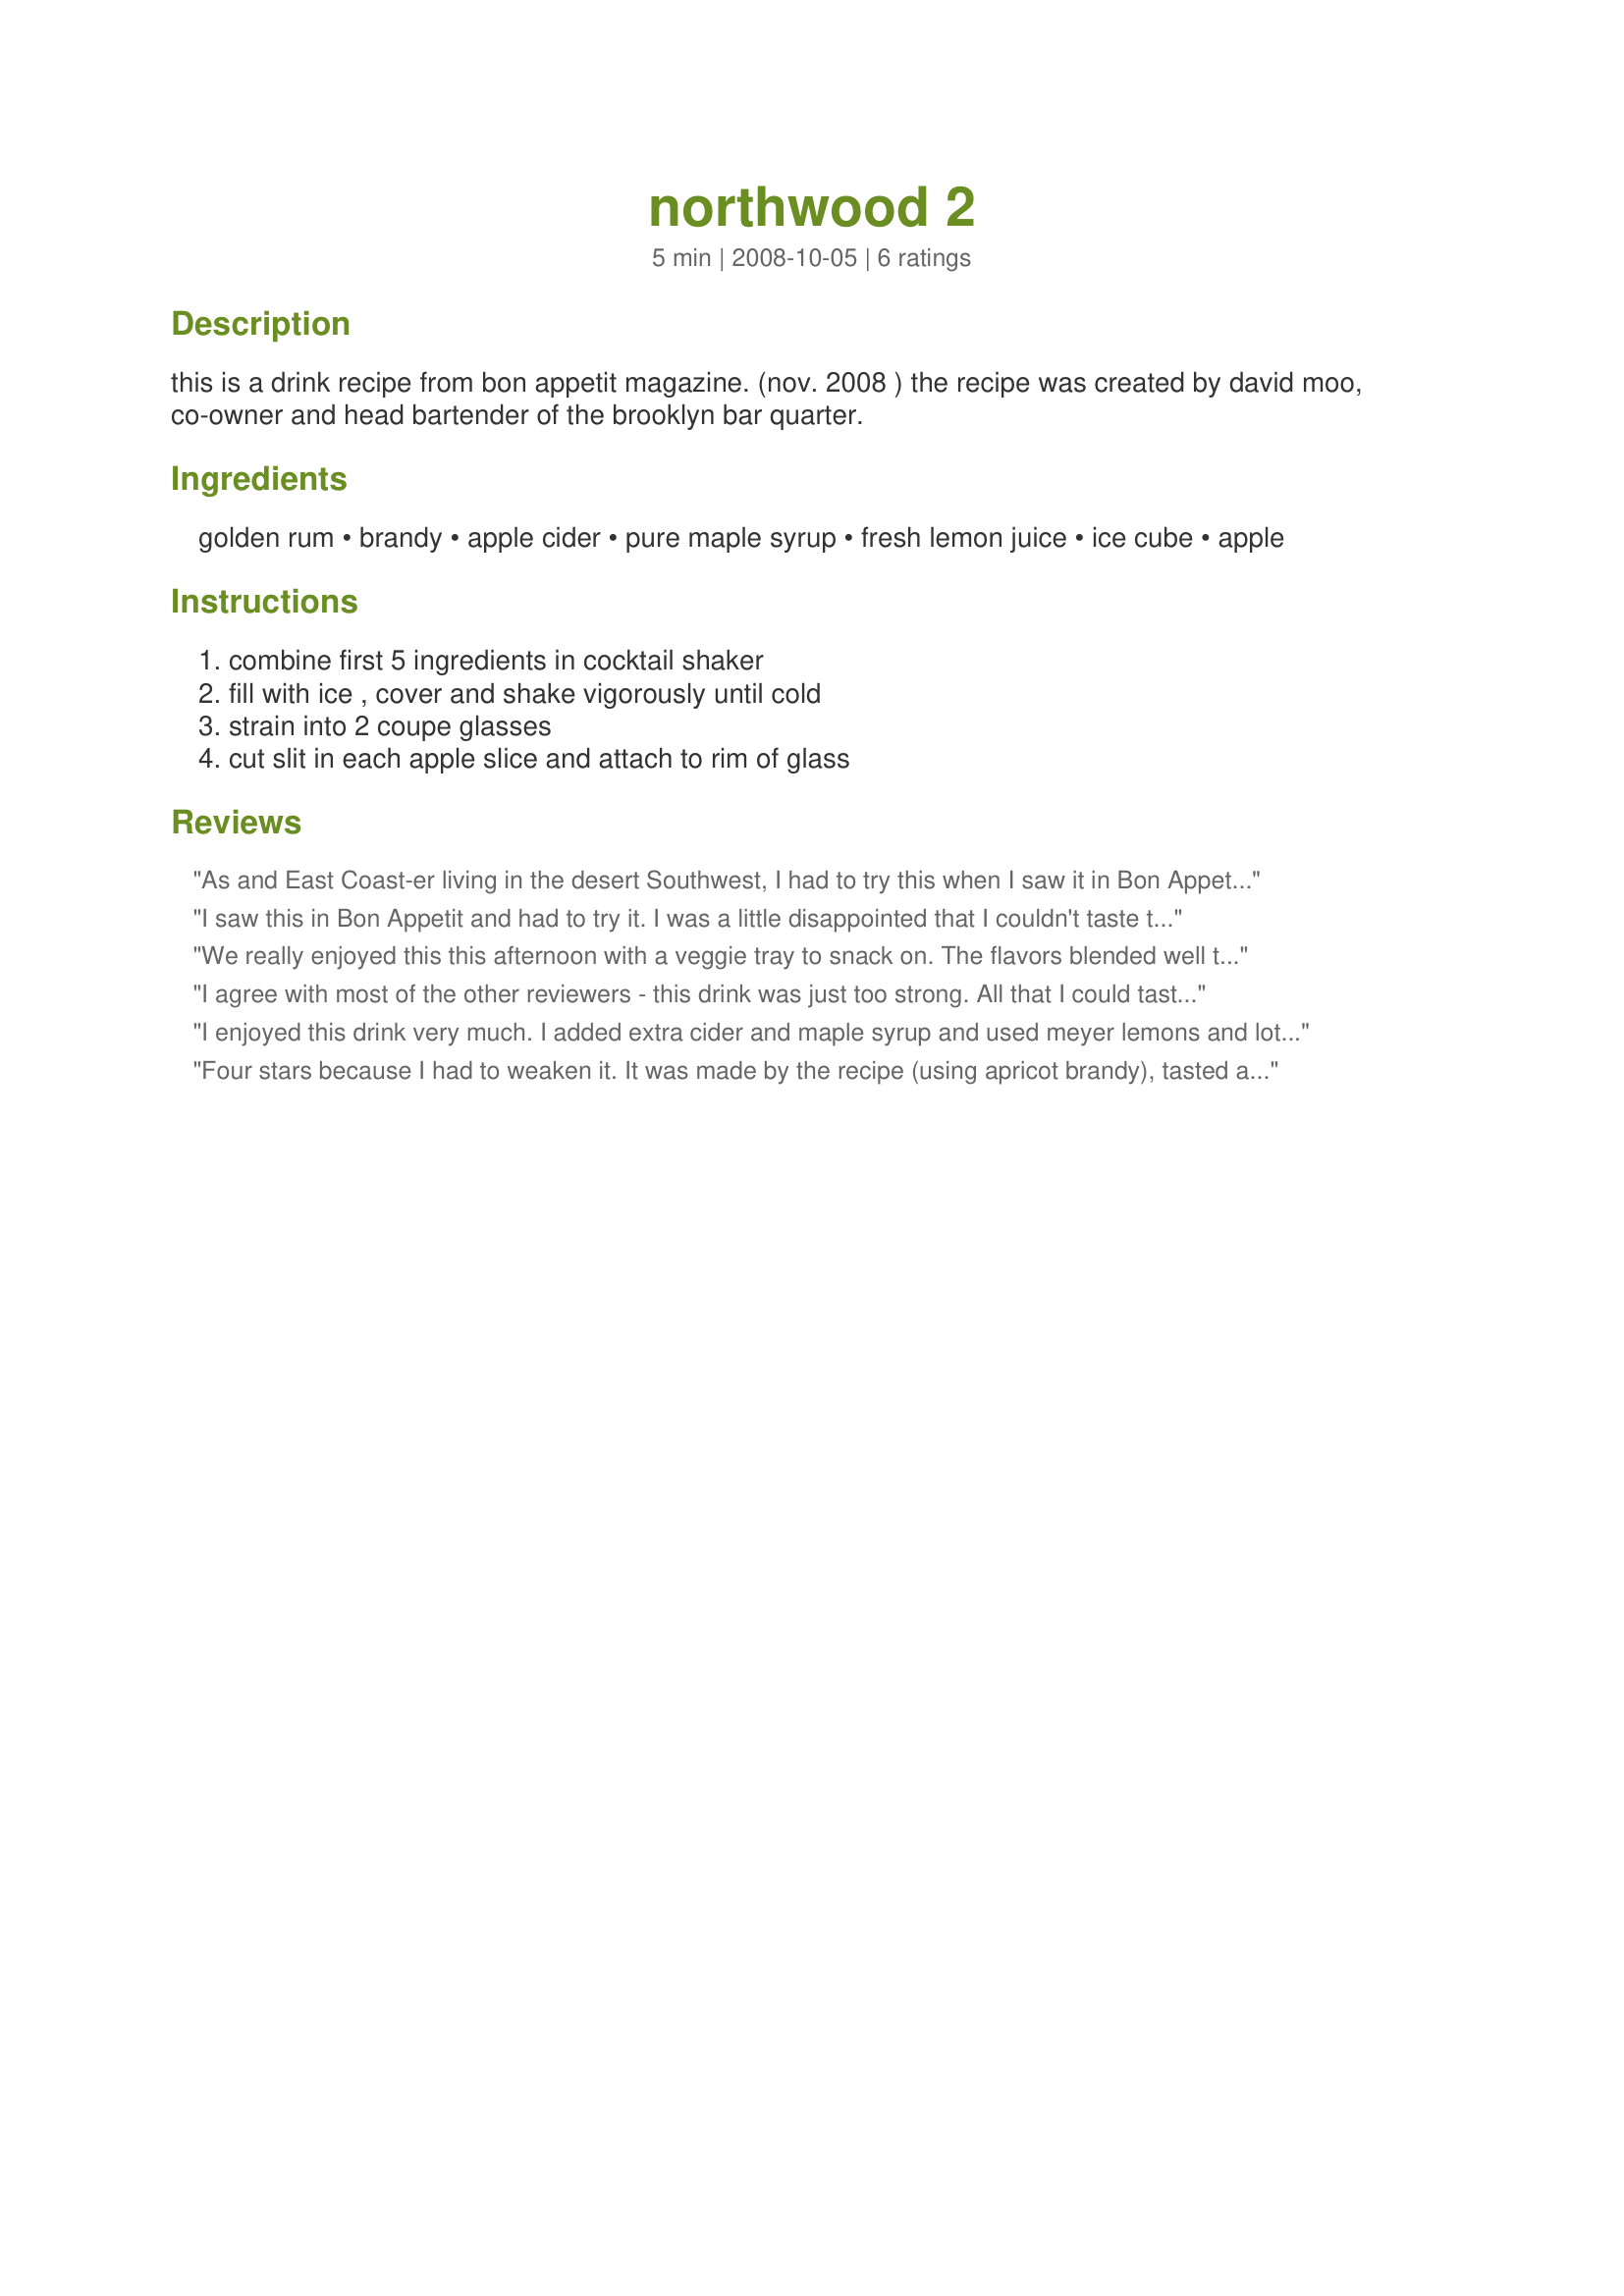
northwood 2
Preparation time: 5 minutes

this is a drink recipe from bon appetit magazine. (nov. 2008 ) the recipe was created by david moo, co-owner and head bartender of the brooklyn bar quarter.

Ingredients:
golden rum, brandy, apple cider, pure maple syrup, fresh lemon juice, ice cube, apple

Steps:
combine first 5 ingredients in cocktail shaker, fill with ice , cover and shake vigorously until cold, strain into 2 coupe glasses, cut slit in each apple slice and attach to rim of glass

Reviews:
As and East Coast-er living in the desert Southwest, I had to try this when I saw it in Bon Appetit. I made it on Halloween night while waiting to give out candy--and it was delicious! The first time I made it I used pear juice instead of cider since I didn't have any, and omitted the lemon juice (same reason). This last time, I used spiced apple cider (and highly recommend this!) Like the other reviewers, I added a little more apple cider, and also a little more maple syrup. My boyfriend likes it stronger, as the recipe makes it.
I saw this in Bon Appetit and had to try it. I was a little disappointed that I couldn't taste the maple syrup at all...and the cider was totally overwhelmed. I added about 3 times what the cider called for and felt it was much better. Maybe next time I'll and more maple syrup.
We really enjoyed this this afternoon with a veggie tray to snack on. The flavors blended well together. I did add an extra tsp of Maple syrup, but other than that made as directed. Thanks. Made for PRMR.
I agree with most of the other reviewers - this drink was just too strong. All that I could taste was the brandy. I had to add more apple cider, and then the drink was much better. Sorry, I hate to leave bad reviews.. I actually liked this drink a lot with the extra apple cider.
I enjoyed this drink very much. I added extra cider and maple syrup and used meyer lemons and lots of ice. Thanks for sharing this memorable drink which I will make again.
Four stars because I had to weaken it. It was made by the recipe (using apricot brandy), tasted and then I added a 1/2 cup more cider and about 2 more tablespoons of the syrup (no sugar added syrup). At that stage it was delicious and I'm the first to admit that I enjoy alcohol as a background flavor. Made for Photo Tag.
